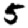
Digit: 5